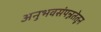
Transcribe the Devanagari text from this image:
अनुभवसंपन्नतेतून